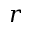
r